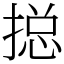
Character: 搃